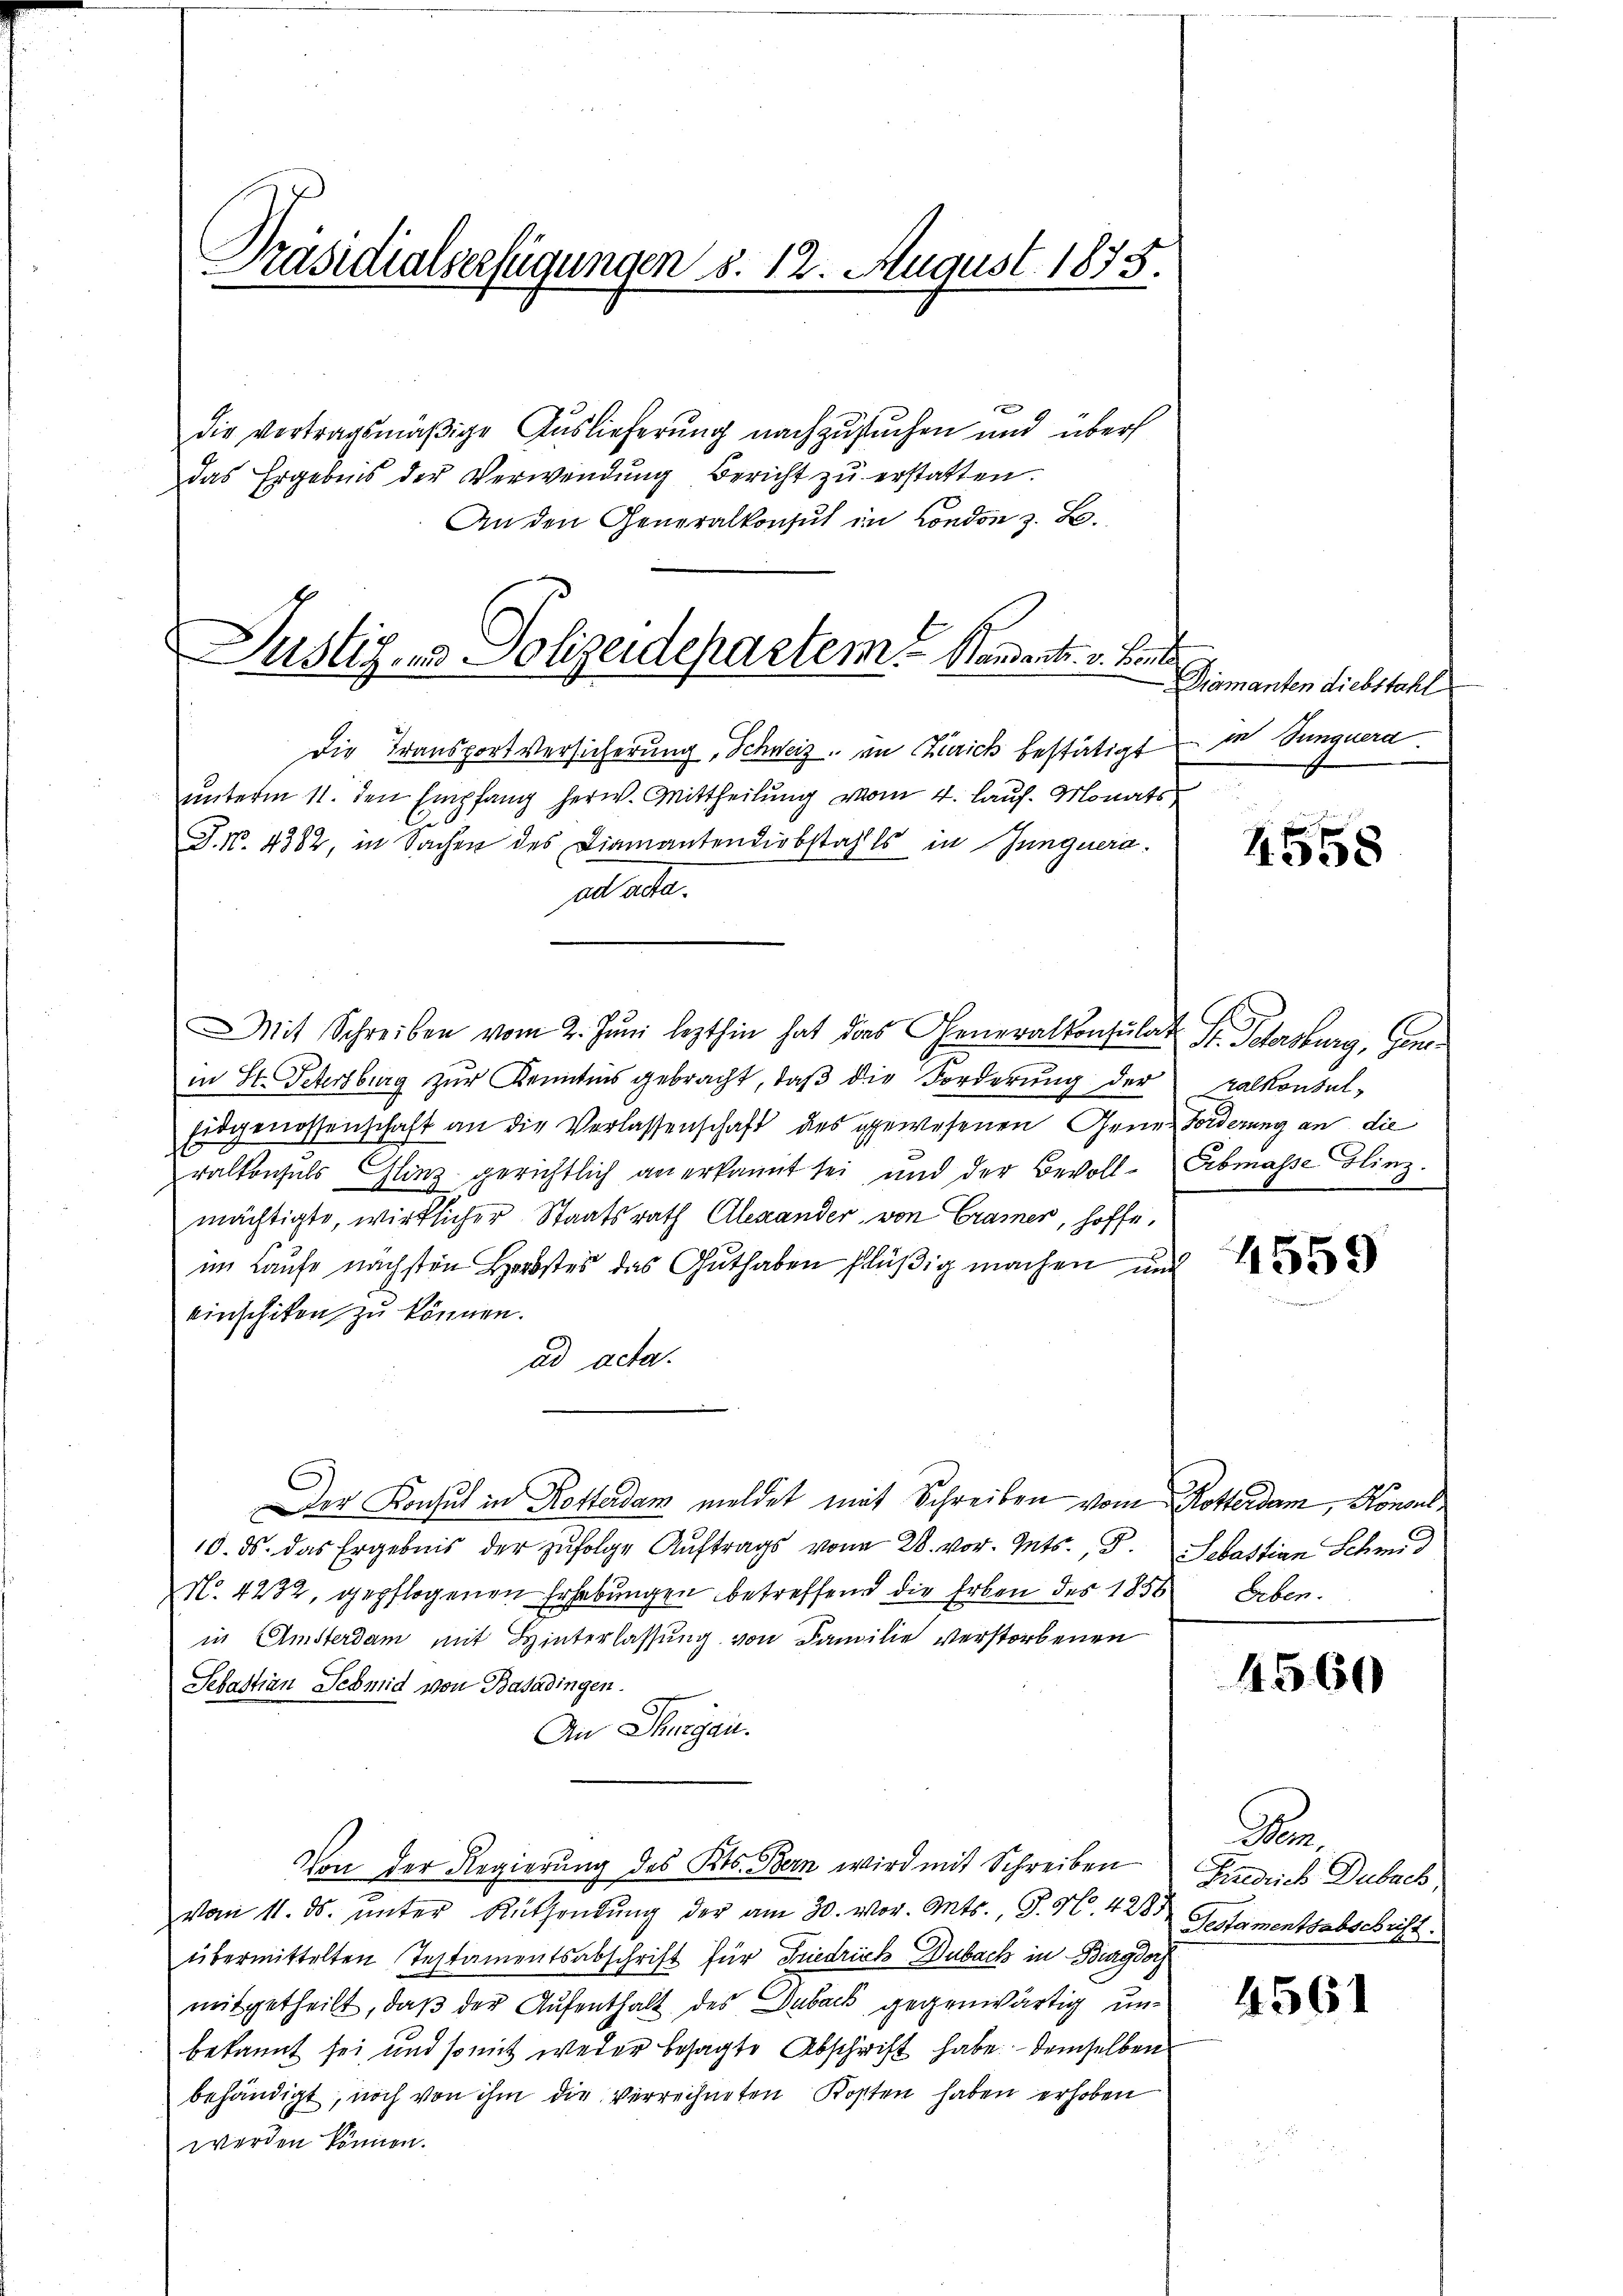
Präsidialverfügungen d. 12. August 1873.

die vertragsmäßige Auslieferung nachzusuchen und über
das Ergebnis der Verwendung Bericht zu erstatten.
An den Generalkonsul in London z. B.

Justiz- und Polizeidepartem Standant. v. Beit

Die Transportversicherung, Schweiz in Zürich bestätigt
unterm 11. den Empfang herw. Mittheilung vom 4. Lauf. Monats,
J.N. 4382, in Sachen des Diamantendiebstahls in Junguera.
allate.
Mit Schreiben vom 2. Juni lezthin hat das Generalkonsulat St. Petersburg, Genein St. Petersburg zŭr Kenntnis gebracht, daβ die Forderŭng der zalkonsul-
Eidgenossenschaft an die Verlassenschaft des gewesenen Gener Forderung an die
ralkonsuls Glinz gerichtlich anerkannt sei, und der Bevoll- Erbmasse Flinz.
mächtigte, wirklicher Staatsrath Alexander von Cramer, hoffe,
im Laufe nächsten Herbstes das Guthaben flüßig machen und
einschiken zu können.
ad acta.
Der Konsul in Rotterdam meldet mit Schreiben vom Rotterdam, Konsul¬
10. ds. das Ergebnis der zufolge Auftrags von 28. vor. Guts., S. Sebastian Schmid
N. 4232, gepflogenen Erhebungen betreffend die Erben des 1856 Erben.
in Amsterdam mit Hinterlassung von Familie verstorbenen
Sebastian Schmid von Basadingen.
An Thurgau.
Von der Regierung des Kts. Bern wird mit Schreiben
vom 11. ds. ŭnter Ruthendŭng der am 30. vor. Ants., P. Nr. 428
übermittelten Testamentsabschrift für Friedrich Dubach in Burgdor
mitgetheilt, daß der Aufenthalt des Duback gegenwärtig unbekannt sei und somit weder besagte Abschrift habe demselben
behändigt, noch von ihm die verrechneten Kosten haben erhoben
werden können.

Diamanten Liebstahl
in Bunguera

4558

4559

4560

A
Gedeich Dubach,
Testamentsabschrift.

4561